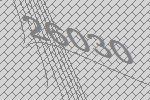
26030